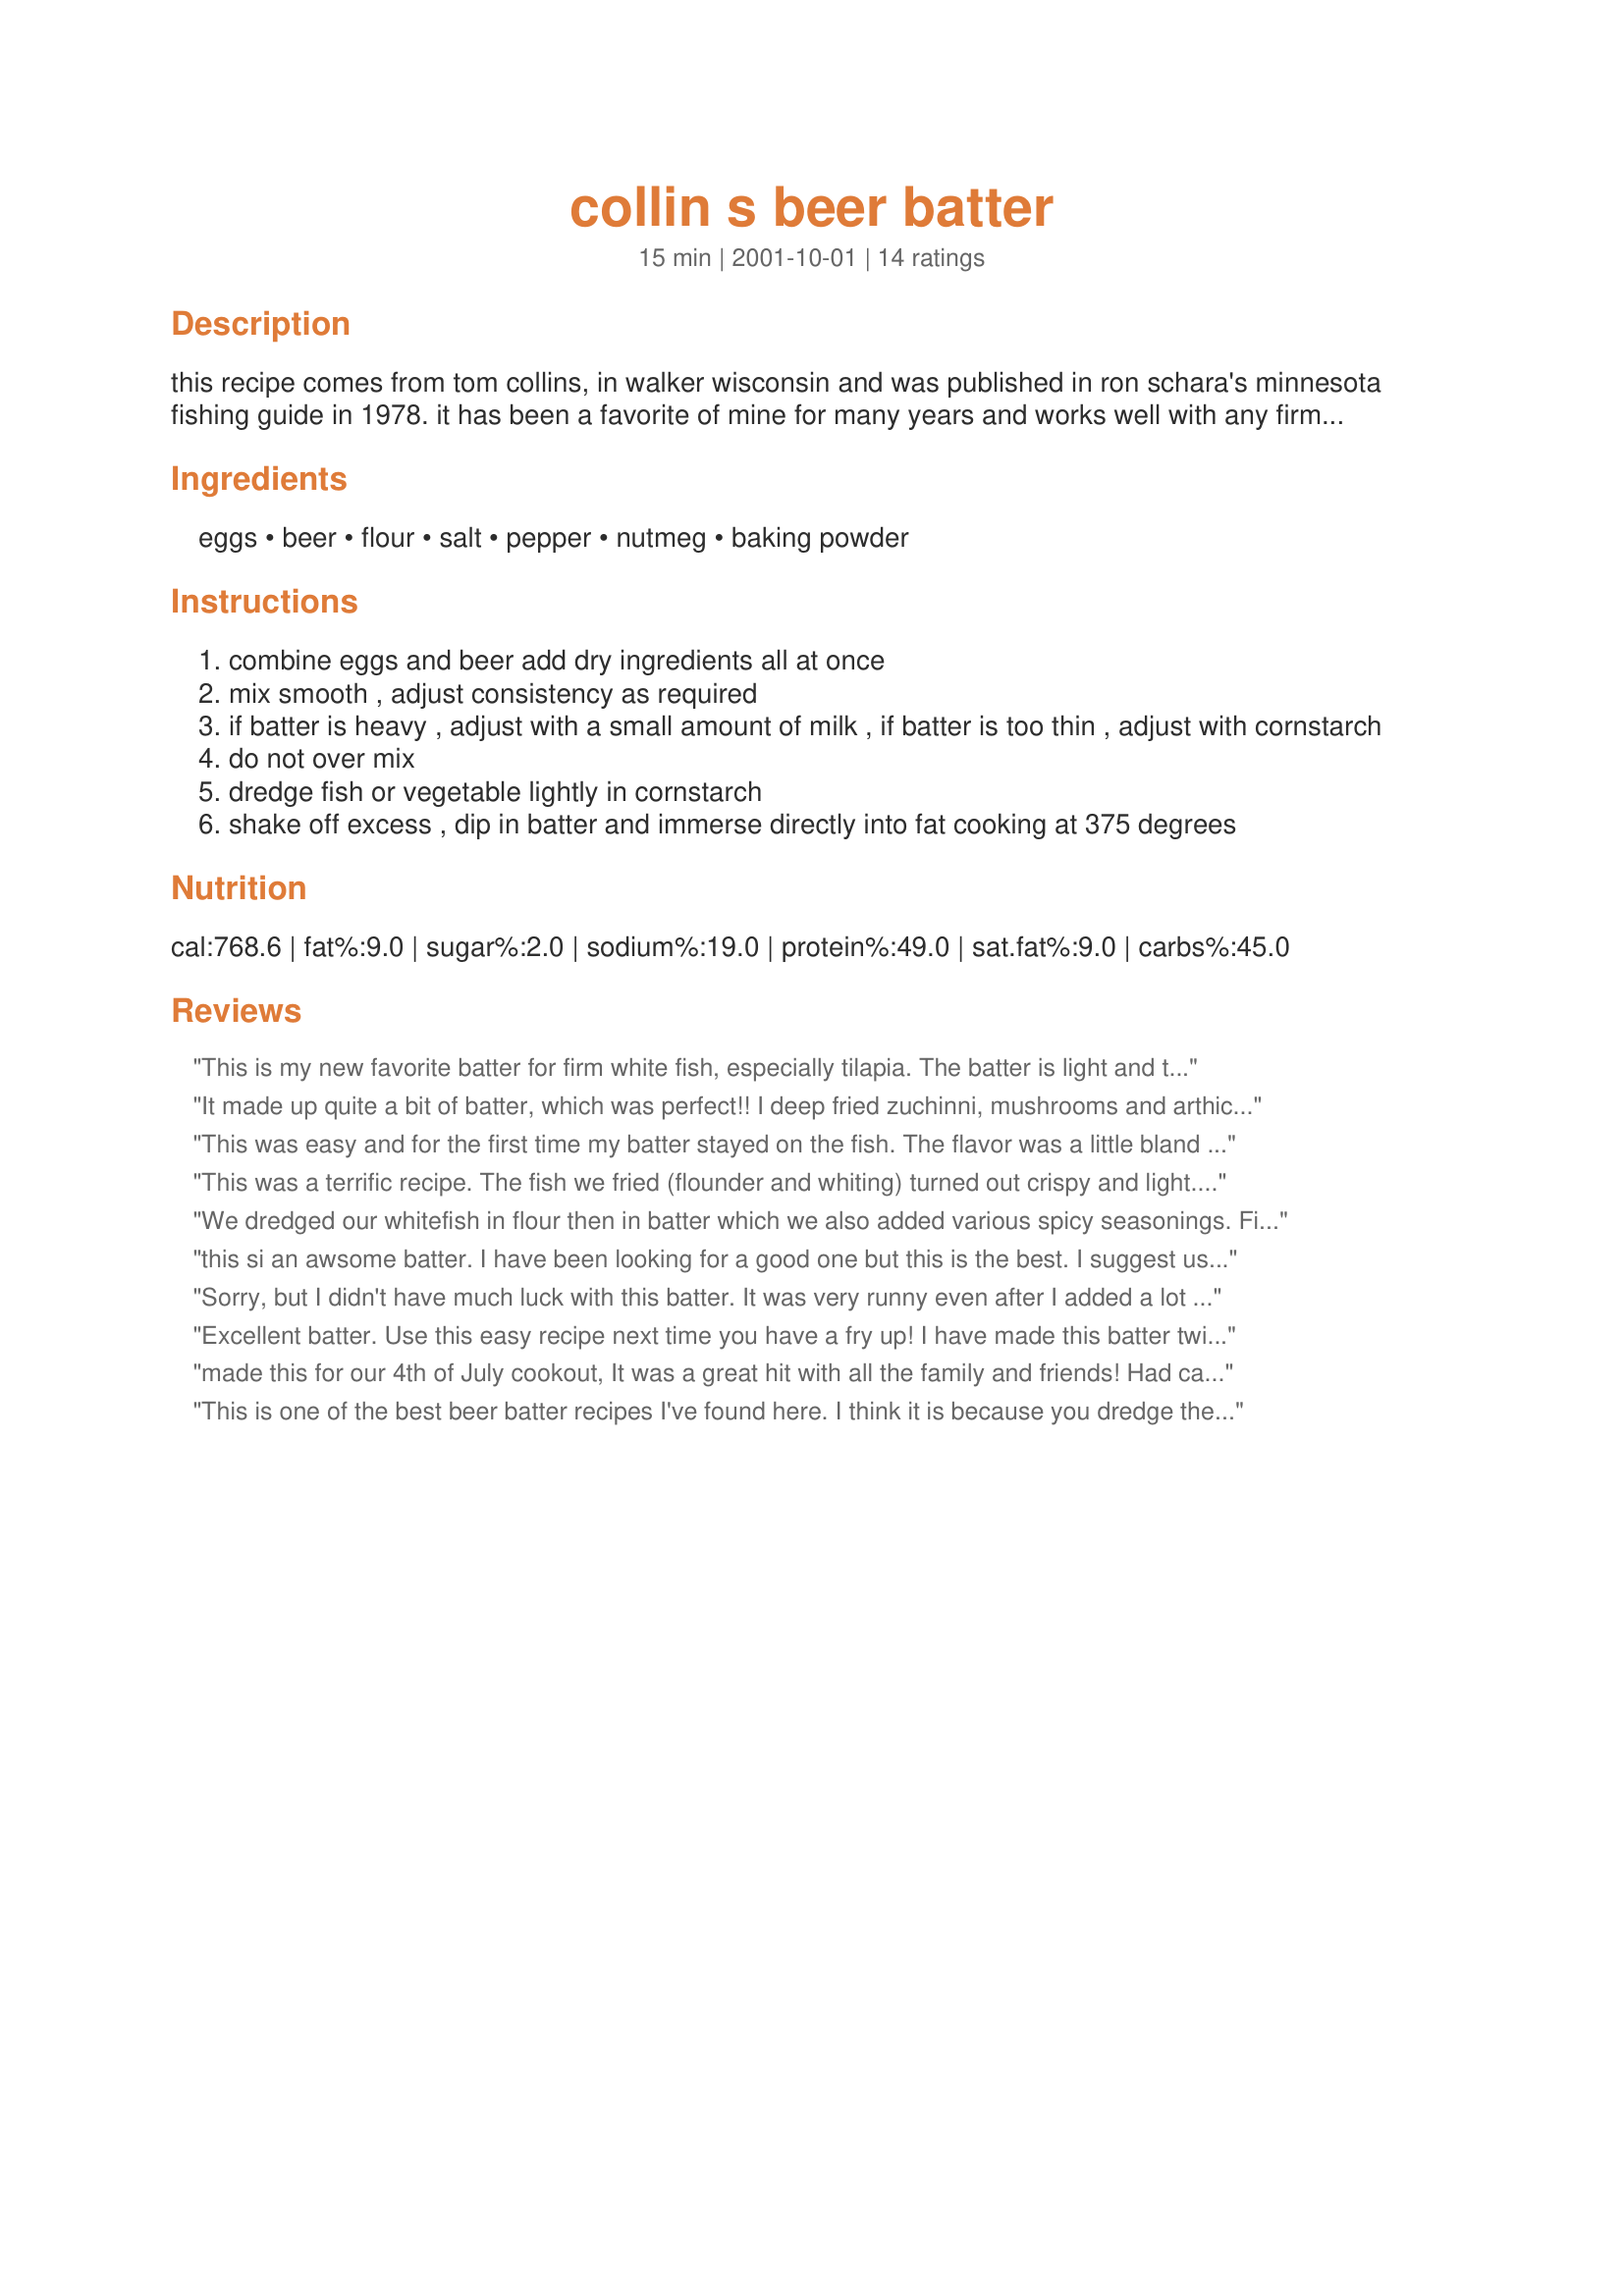
collin s beer batter
Preparation time: 15 minutes

this recipe comes from tom collins, in walker wisconsin and was published in ron schara's minnesota fishing guide in 1978. it has been a favorite of mine for many years and works well with any firm white meat fish. it can also be used to deep fry firm vegetables like broccoli.

Ingredients:
eggs, beer, flour, salt, pepper, nutmeg, baking powder

Steps:
combine eggs and beer add dry ingredients all at once
mix smooth , adjust consistency as required
if batter is heavy , adjust with a small amount of milk , if batter is too thin , adjust with cornstarch
do not over mix
dredge fish or vegetable lightly in cornstarch
shake off excess , dip in batter and immerse directly into fat cooking at 375 degrees

Reviews:
This is my new favorite batter for firm white fish, especially tilapia.
The batter is light and tasty. I increased the salt and added cajun seasoning. It also makes wonderful onion rings. 
Thanks so much!
It made up quite a bit of batter, which was perfect!! I deep fried zuchinni, mushrooms and arthichoke hearts....thanks!! The roofers loved it!!
This was easy and for the first time my batter stayed on the fish. The flavor was a little bland but next time I will tinker with that. thanks for the recipe.
This was a terrific recipe. The fish we fried (flounder and whiting) turned out crispy and light. I used this recipe during our power outage from Hurricane Isabel and had to omit the eggs and it still turned out great. Thanks Bill
UPDATE: 12 ounces of flour is about 2.5 cups. Alton Brown would say it depends on the brand of flour, weather conditions, position of the sun, time of day, yada, yada, yada. close enough fo rme.
We dredged our whitefish in flour then in batter which we also added various spicy seasonings. Fish was light, crunchy and delish!!
this si an awsome batter. I have been looking for a good one but this is the best. I suggest using maybe 3/4 of a can of beer. It was a little to soupy for my taste so I ended up adding more flour and corn starch. I also think I will add more salt & pepper and maybe a little garlic but that is just my taste. The recipie is fine without the extras. I used it for onion rings and plan to use it for fish later in the week. Thanks Bill for the great recipie.
Sorry, but I didn't have much luck with this batter. It was very runny even after I added a lot of cornstarch.
Excellent batter. Use this easy recipe next time you have a fry up! I have made this batter twice in the last two weeks. The beer you choose makes all the difference re: batter viscosity. The first time it was perfect when I used a 'Little Creatures Pale Ale'. The second time I made it I used a 'Heineken'. The batter was much thinner but I just added some flour and that thickened it perfectly (I started thickening with cornstarch but it wasn't thickening up very quickly). Thanks Brother William!
made this for our 4th of July cookout, It was a great hit with all the family and friends! Had catfish and also used this same batter on the onion rings. My mother called me onion ring Queen. Said they were the best she ever tasted. The only change I made was adding cajun seasoning to the batter. Would have added more than I did but had to many people who can't handle the heat. Served Amost KFC Coleslaw #45691 which was also a hit. Thanks for posting.
This is one of the best beer batter recipes I've found here. I think it is because you dredge the fish (or chicken) in cornstarch first, this seems to keep the batter on while frying.
This was good and simple to make. I agree with the pale ale suggestion. The next time I make this I plan to use about 1 1/8 beers. Mine where very thick, but tasty. I fried up some king salmon and halibut.

Thanks again.
Needed lots more flavor and seasonings. It took me a while to boost it's flavor. I added some butter, and lots and lots of: seasoning salt, pepper, salt, garlic salt, and cayenne pepper into the batter AND the dredging cornstarch. I used this to batter mushrooms and also served it with ranch for dipping.
Planning a big fish fry next week. My girlfriend has the halibut and now I have the batter. Thanks. Sounds great.
This batter was great! I used this for a monster of a zucchini from my garden and it acutally did 1 and 1/2 of my monsters. I did add some garlic to it as my family can't eat much of anything without garlic. I was very pleased at how well the batter stuck to the zucchini. We will be using this recipe over and over again!!
